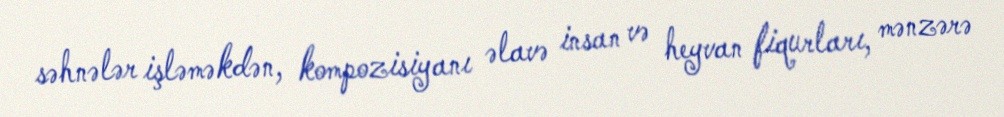
səhnələr işləməkdən, kompozisiyanı əlavə insan və heyvan fiqurları, mənzərə